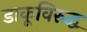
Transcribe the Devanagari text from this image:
डाकूविरुद्ध